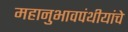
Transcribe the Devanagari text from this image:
महानुभावपंथीयांचे